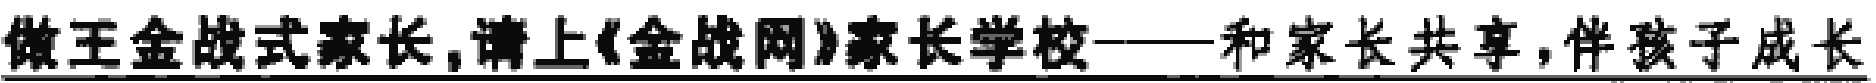
做王金战式家长,请上《金战网》家长学校——和家长共享,伴孩子成长